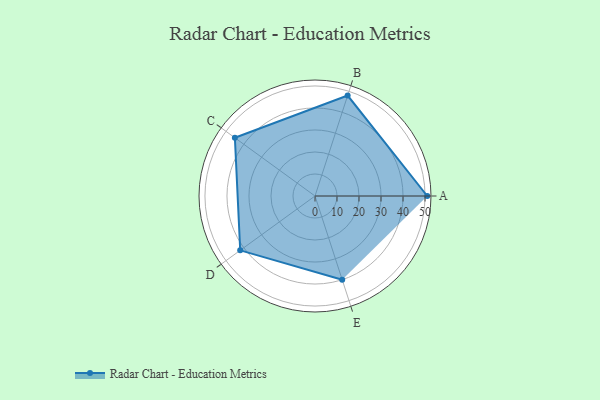
{"axis": {"x": "Skill", "y": "Score"}, "legend": ["Profile"], "data": [{"x": "A", "y": 51.0, "type": "Profile"}, {"x": "B", "y": 48.0, "type": "Profile"}, {"x": "C", "y": 45.0, "type": "Profile"}, {"x": "D", "y": 42.0, "type": "Profile"}, {"x": "E", "y": 40.0, "type": "Profile"}]}